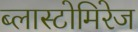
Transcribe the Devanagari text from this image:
ब्लास्टोमिरेज